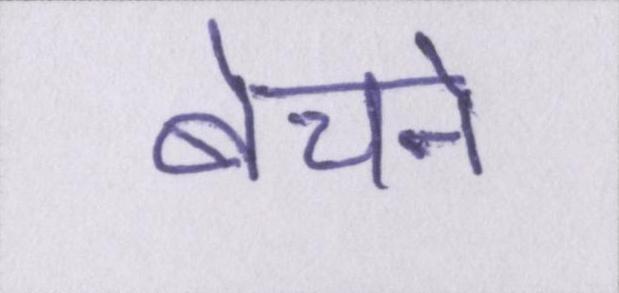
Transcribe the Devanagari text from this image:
बेचने